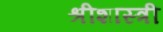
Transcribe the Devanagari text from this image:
श्रीशास्त्री